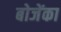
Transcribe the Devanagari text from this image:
बोजेंका